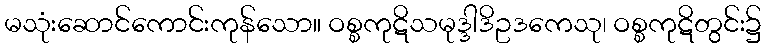
မသုံးဆောင်ကောင်းကုန်သော။ ဝစ္စကုဋိသမုဒ္ဒါဒိဥဒကေသု၊ ဝစ္စကုဋိတွင်း၌